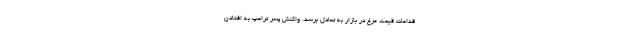
قدامات قیمت مرغ در بازار به تعادل برسد. واکنش پسر ترامپ به افتادن